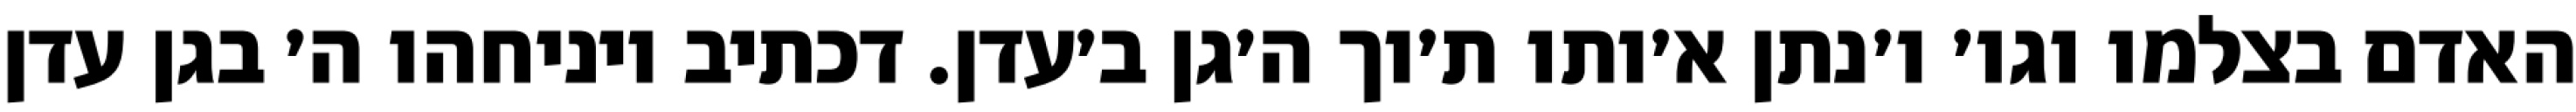
האדם בצלמו וגו׳ ו׳נתן א׳ותו ת׳וך ה׳גן ב׳עדן. דכתיב ויניחהו ה׳ בגן עדן